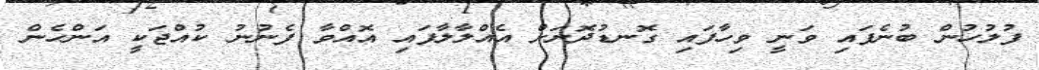
ފުލުހުން ބުނެފައި ވަނީ ވިހާފައި ގޮނޑުދޮށަށް އެއްލާލާފައި އޮއްވާ ފެނުނު ކުއްޖަކީ އަންހެން